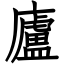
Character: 廬